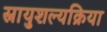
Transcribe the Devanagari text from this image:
स्नायुशल्यक्रिया